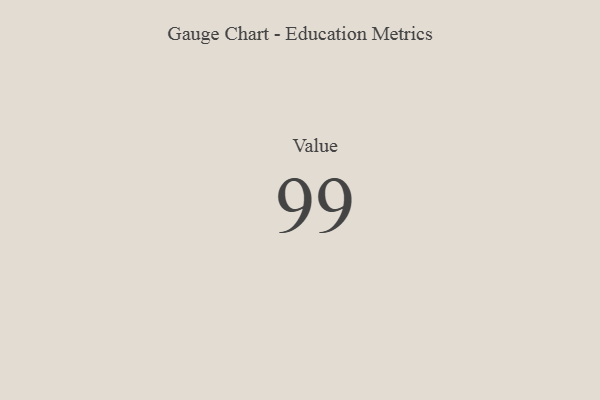
{"axis": {"x": "Metric", "y": "Value"}, "legend": [""], "data": [{"x": "Value", "y": 99, "type": ""}]}